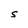
Character: S